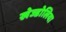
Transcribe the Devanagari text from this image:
खेज्डोलिया